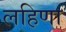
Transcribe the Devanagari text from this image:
लहिणा